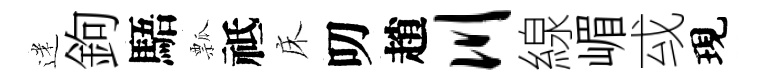
迷鉤䮏瓢祗床叨趙川線嵋㦯現